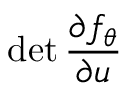
\operatorname* { d e t } \frac { \partial f _ { \theta } } { \partial u }